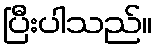
ပြီးပါသည်။